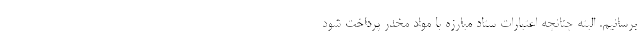
برسانیم. البته چنانچه اعتبارات ستاد مبارزه با مواد مخدر پرداخت شود